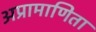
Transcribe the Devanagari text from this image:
अप्रामाणिता